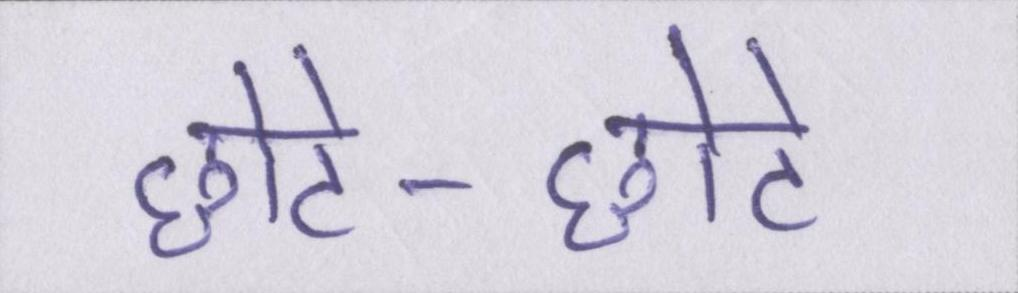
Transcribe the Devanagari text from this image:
छोटे-छोटे